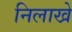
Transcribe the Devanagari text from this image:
निलाखे